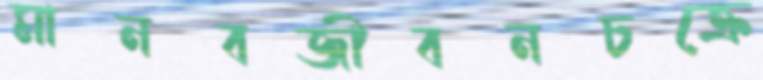
মানবজীবনচক্রে